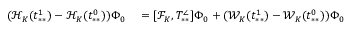
\begin{array} { r l } { ( \mathcal { H } _ { K } ( t _ { * * } ^ { 1 } ) - \mathcal { H } _ { K } ( t _ { * * } ^ { 0 } ) ) \Phi _ { 0 } } & { { } = [ \mathcal { F } _ { K } , T _ { * * } ^ { \angle } ] \Phi _ { 0 } + ( \mathcal { W } _ { K } ( t _ { * * } ^ { 1 } ) - \mathcal { W } _ { K } ( t _ { * * } ^ { 0 } ) ) \Phi _ { 0 } } \end{array}